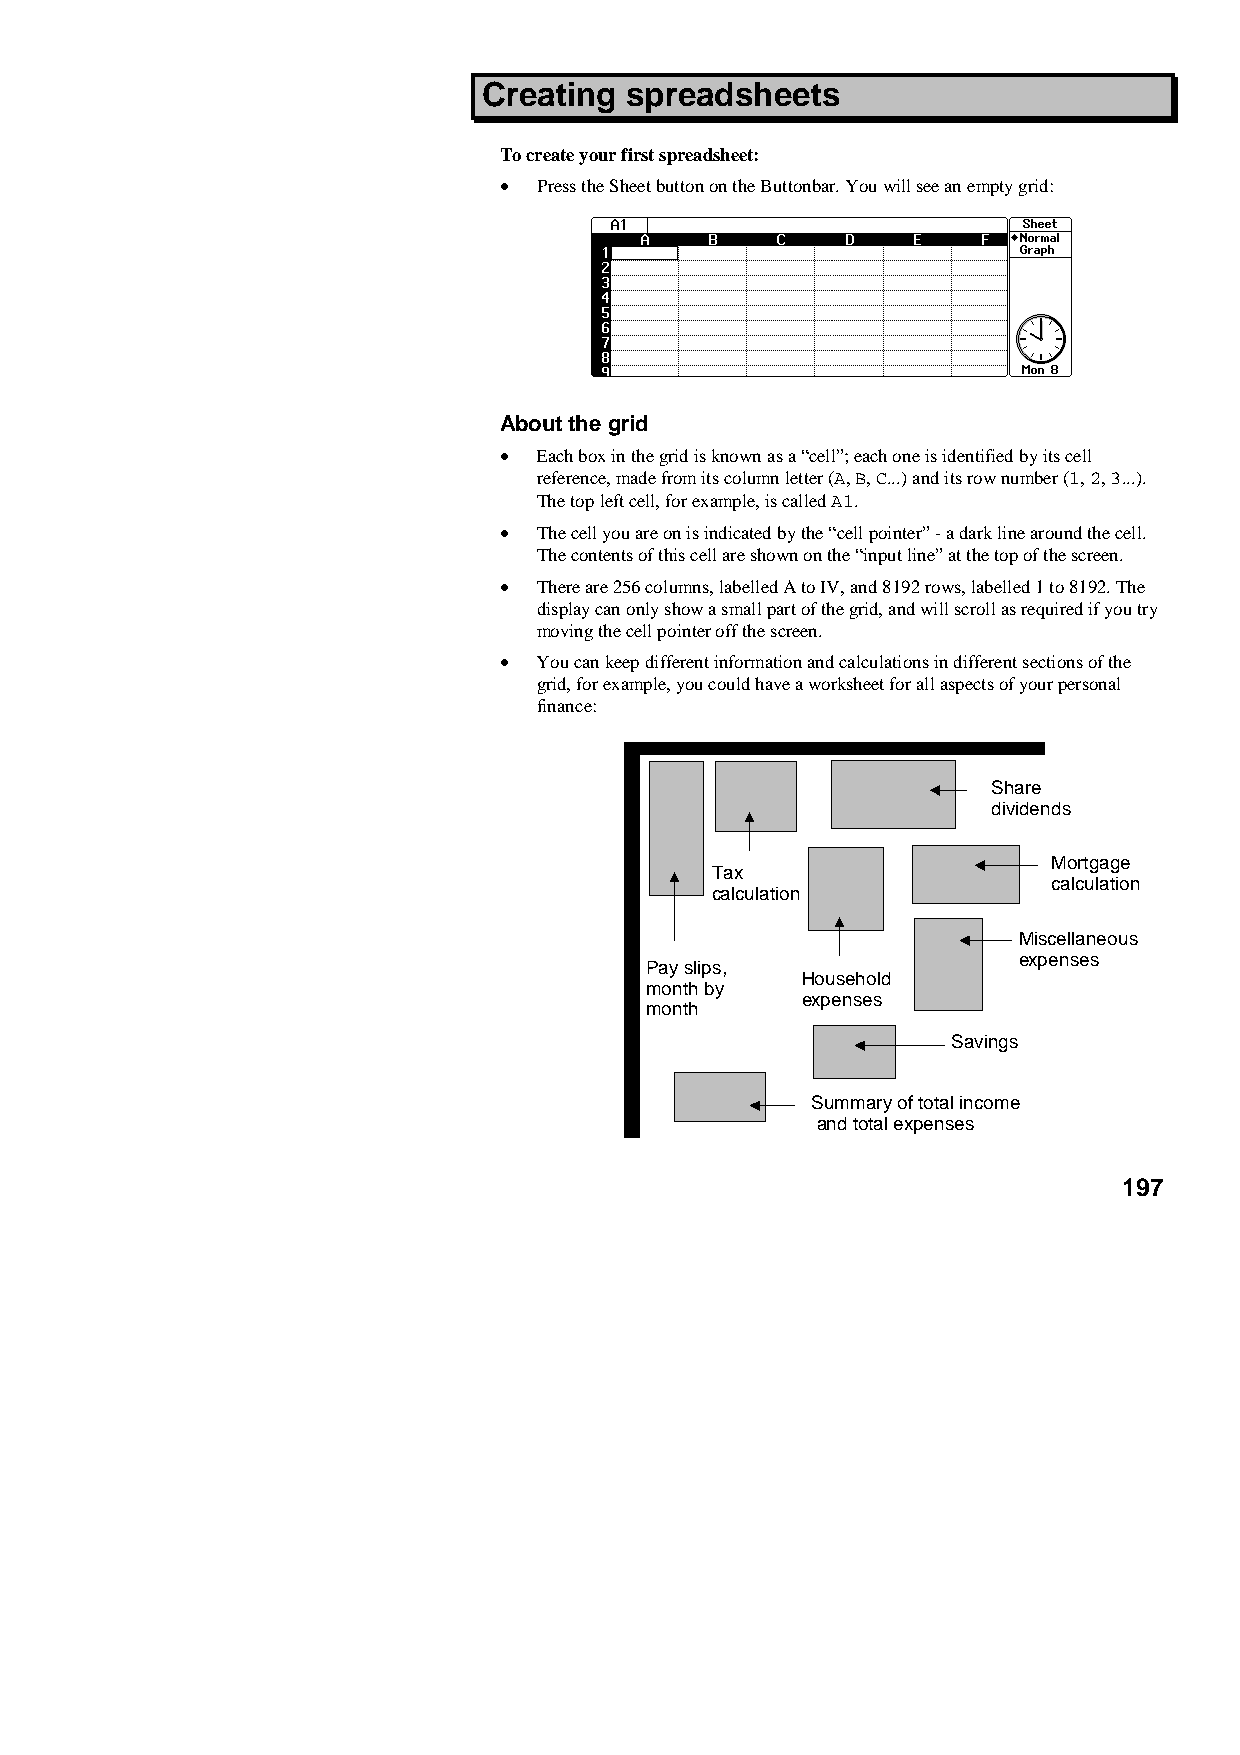
Creating spreadsheets
 To create your first spreadsheet:
 •  Press the Sheet button on the Buttonbar. You will see an empty grid:
 About the grid
 •  Each box in the grid is known as a “cell”; each one is identified by its cell
 reference, made from its column letter (A, B, C...) and its row number (1, 2, 3...).
 The top left cell, for example, is called A1.
 •  The cell you are on is indicated by the “cell pointer” - a dark line around the cell.
 The contents of this cell are shown on the “input line” at the top of the screen.
 •  There are 256 columns, labelled A to IV, and 8192 rows, labelled 1 to 8192. The
 display can only show a small part of the grid, and will scroll as required if you try
 moving the cell pointer off the screen.
 •  You can keep different information and calculations in different sections of the
 grid, for example, you could have a worksheet for all aspects of your personal
 finance:
 Share
 dividends
 Mortgage
 Tax
 calculation
 calculation
 Miscellaneous
 expenses
 Pay slips,
 Household
 month by
 expenses
 month
 Savings
 Summary of total income
 and total expenses
 197